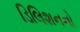
ડિલિશનનો